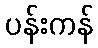
ပန်းကန်